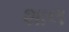
શાલ